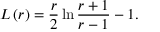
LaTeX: L \left( r \right) = \frac r 2 \ln \frac { r + 1 } { r - 1 } - 1 .